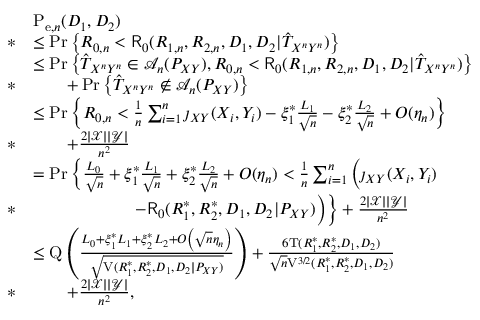
\begin{array} { r l } & { \mathrm { P } _ { \mathrm { e } , n } ( D _ { 1 } , D _ { 2 } ) } \\ { * } & { \leq \operatorname* { P r } \left\{ R _ { 0 , n } < \mathsf { R } _ { 0 } ( R _ { 1 , n } , R _ { 2 , n } , D _ { 1 } , D _ { 2 } | \hat { T } _ { X ^ { n } Y ^ { n } } ) \right\} } \\ & { \leq \operatorname* { P r } \left\{ \hat { T } _ { X ^ { n } Y ^ { n } } \in \mathcal { A } _ { n } ( P _ { X Y } ) , R _ { 0 , n } < \mathsf { R } _ { 0 } ( R _ { 1 , n } , R _ { 2 , n } , D _ { 1 } , D _ { 2 } | \hat { T } _ { X ^ { n } Y ^ { n } } ) \right\} } \\ { * } & { \qquad + \operatorname* { P r } \left\{ \hat { T } _ { X ^ { n } Y ^ { n } } \notin \mathcal { A } _ { n } ( P _ { X Y } ) \right\} } \\ & { \leq \operatorname* { P r } \bigg \{ R _ { 0 , n } < \frac { 1 } { n } \sum _ { i = 1 } ^ { n } \jmath _ { X Y } ( X _ { i } , Y _ { i } ) - \xi _ { 1 } ^ { * } \frac { L _ { 1 } } { \sqrt { n } } - \xi _ { 2 } ^ { * } \frac { L _ { 2 } } { \sqrt { n } } + O ( \eta _ { n } ) \bigg \} } \\ { * } & { \qquad + \frac { 2 | \mathcal { X } | | \mathcal { Y } | } { n ^ { 2 } } } \\ & { = \operatorname* { P r } \bigg \{ \frac { L _ { 0 } } { \sqrt { n } } + \xi _ { 1 } ^ { * } \frac { L _ { 1 } } { \sqrt { n } } + \xi _ { 2 } ^ { * } \frac { L _ { 2 } } { \sqrt { n } } + O ( \eta _ { n } ) < \frac { 1 } { n } \sum _ { i = 1 } ^ { n } \Big ( \jmath _ { X Y } ( X _ { i } , Y _ { i } ) } \\ { * } & { \qquad \qquad \qquad - \mathsf { R } _ { 0 } ( R _ { 1 } ^ { * } , R _ { 2 } ^ { * } , D _ { 1 } , D _ { 2 } | P _ { X Y } ) \Big ) \bigg \} + \frac { 2 | \mathcal { X } | | \mathcal { Y } | } { n ^ { 2 } } } \\ & { \leq \mathrm { Q } \left( \frac { L _ { 0 } + \xi _ { 1 } ^ { * } L _ { 1 } + \xi _ { 2 } ^ { * } L _ { 2 } + O \left( \sqrt { n } \eta _ { n } \right) } { \sqrt { \mathrm { V } ( R _ { 1 } ^ { * } , R _ { 2 } ^ { * } , D _ { 1 } , D _ { 2 } | P _ { X Y } ) } } \right) + \frac { 6 \mathrm { T } ( R _ { 1 } ^ { * } , R _ { 2 } ^ { * } , D _ { 1 } , D _ { 2 } ) } { \sqrt { n } \mathrm { V } ^ { 3 / 2 } ( R _ { 1 } ^ { * } , R _ { 2 } ^ { * } , D _ { 1 } , D _ { 2 } ) } } \\ { * } & { \qquad + \frac { 2 | \mathcal { X } | | \mathcal { Y } | } { n ^ { 2 } } , } \end{array}